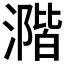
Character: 𣾂